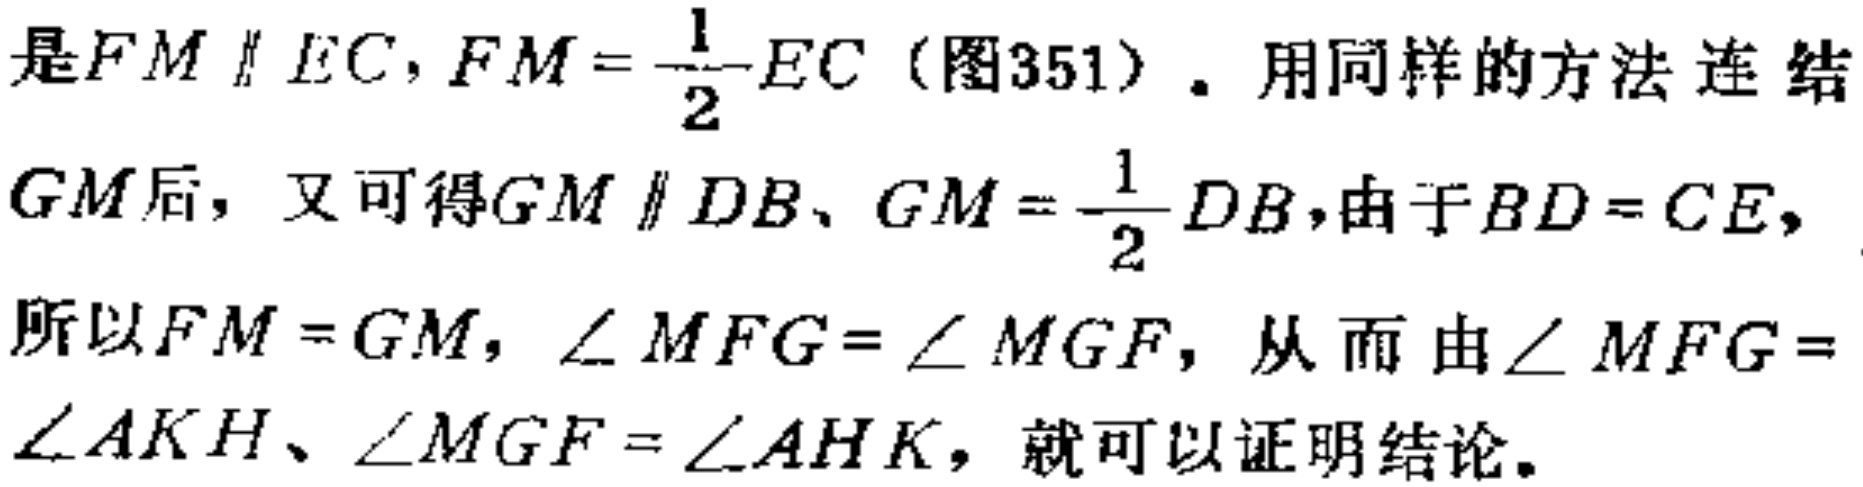
是$FM \parallel EC, FM = \frac{1}{2}EC$（图351）. 用同样的方法连结$GM$后, 又可得$GM \parallel DB、GM = \frac{1}{2}DB$,由于$BD = CE,$所以$FM = GM$, $\angle MFG=\angle MGF$, 从而由$\angle MFG = \angle AKH、\angle MGF = \angle AHK$, 就可以证明结论.